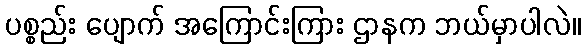
ပစ္စည်း ပျောက် အကြောင်းကြား ဌာနက ဘယ်မှာပါလဲ။